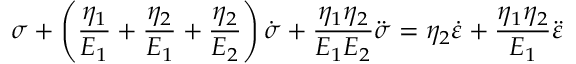
\sigma + \left( { \frac { \eta _ { 1 } } { E _ { 1 } } } + { \frac { \eta _ { 2 } } { E _ { 1 } } } + { \frac { \eta _ { 2 } } { E _ { 2 } } } \right) { \dot { \sigma } } + { \frac { \eta _ { 1 } \eta _ { 2 } } { E _ { 1 } E _ { 2 } } } { \ddot { \sigma } } = \eta _ { 2 } { \dot { \varepsilon } } + { \frac { \eta _ { 1 } \eta _ { 2 } } { E _ { 1 } } } { \ddot { \varepsilon } }